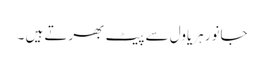
جانور ہریاول سے پیٹ بھرتے ہیں ۔